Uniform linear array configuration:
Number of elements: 16
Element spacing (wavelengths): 1
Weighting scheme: hamming
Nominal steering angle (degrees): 0
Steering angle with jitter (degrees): -0.8147
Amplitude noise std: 0.05
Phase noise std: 0.05

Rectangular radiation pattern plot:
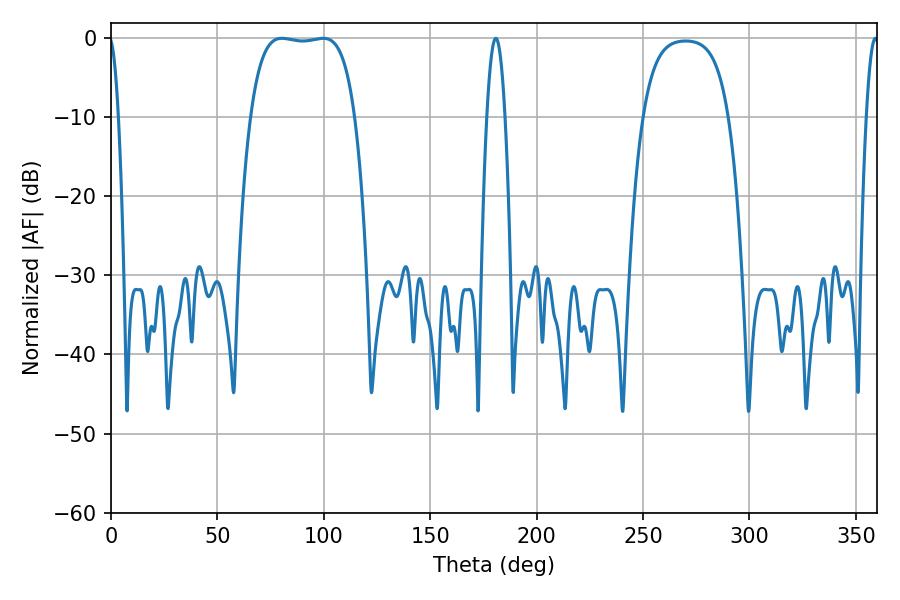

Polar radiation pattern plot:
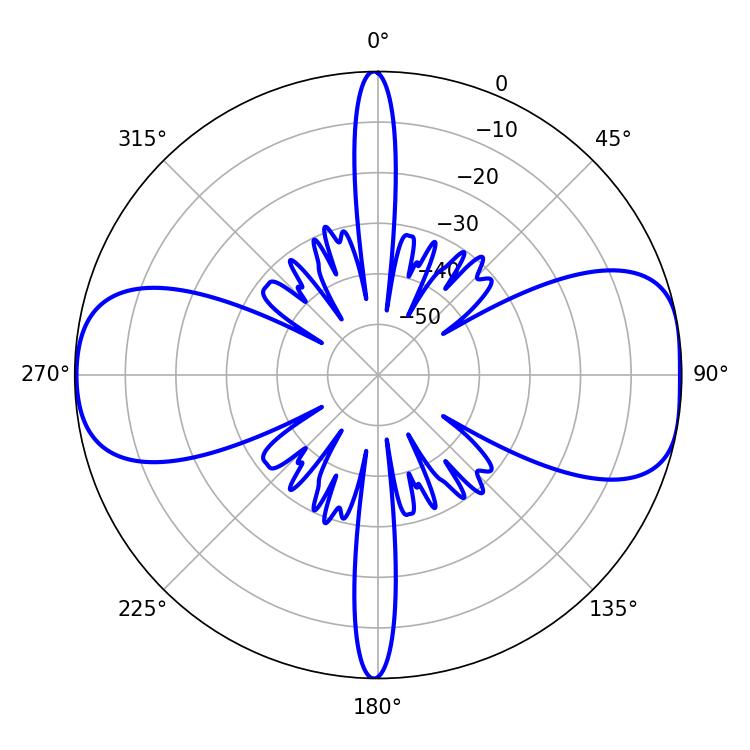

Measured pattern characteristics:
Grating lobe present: TRUE
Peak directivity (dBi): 9.889
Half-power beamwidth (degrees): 38.52
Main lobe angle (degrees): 80.28